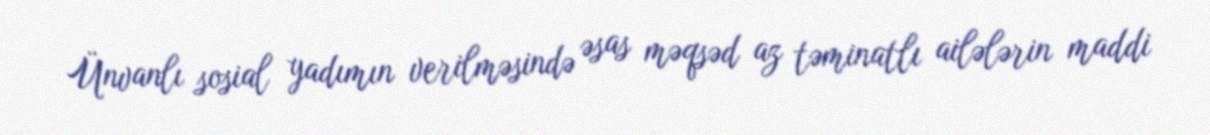
Ünvanlı sosial yadımın verilməsində əsas məqsəd az təminatlı ailələrin maddi